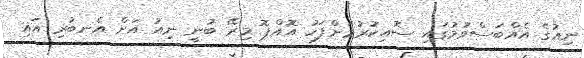
ނިއުގެ އެއްބަސްވުމުގައި ސޮއިކުރުމަށްފަހު އޮއްޕޮ މިރޭ ބުނީ ނިއު އަށް އެނބުރި އައި